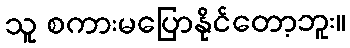
သူ စကားမပြောနိုင်တော့ဘူး။